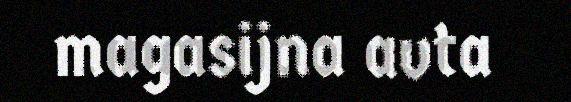
magasijna avta